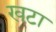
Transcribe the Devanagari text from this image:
खटा